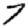
Digit: 7